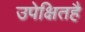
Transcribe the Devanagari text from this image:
उपेक्षितहै